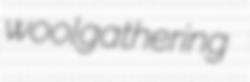
woolgathering